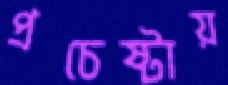
প্রচেষ্টায়